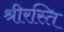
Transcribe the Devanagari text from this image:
श्रीरस्ति